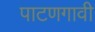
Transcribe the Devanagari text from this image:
पाटणगावी